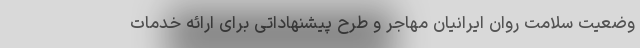
وضعیت سلامت روان ایرانیان مهاجر و طرح پیشنهاداتی برای ارائه خدمات